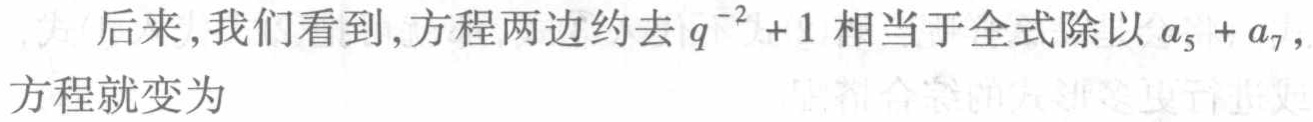
后来,我们看到,方程两边约去\(q^{-2}+1\)相当于全式除以\(a_{5}+a_{7}\),方程就变为